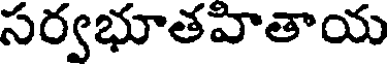
సర్వభూతహితాయ